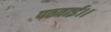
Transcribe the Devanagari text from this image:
पठवाई।।